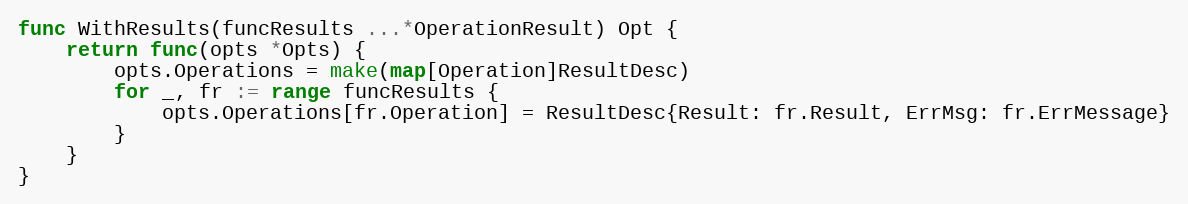
Language: Go
func WithResults(funcResults ...*OperationResult) Opt {
	return func(opts *Opts) {
		opts.Operations = make(map[Operation]ResultDesc)
		for _, fr := range funcResults {
			opts.Operations[fr.Operation] = ResultDesc{Result: fr.Result, ErrMsg: fr.ErrMessage}
		}
	}
}